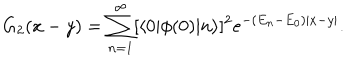
G _ { 2 } ( x - y ) = \sum _ { n = 1 } ^ { \infty } [ \langle 0 | \phi ( 0 ) | n \rangle ] ^ { 2 } e ^ { - ( E _ { n } - E _ { 0 } ) | x - y | } .